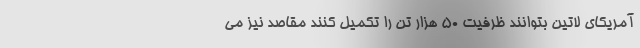
آمریکای لاتین بتوانند ظرفیت 50 هزار تن را تکمیل کنند مقاصد نیز می